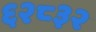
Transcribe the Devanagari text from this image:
६२८३२